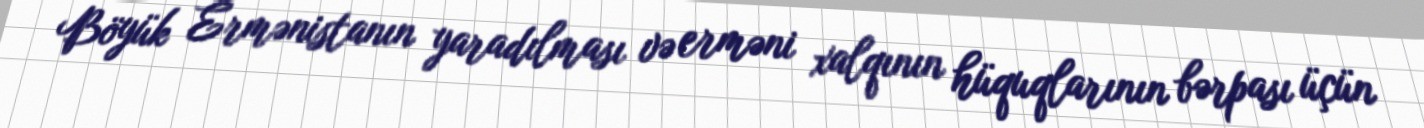
Böyük Ermənistanın yaradılması və erməni xalqının hüquqlarının bərpası üçün